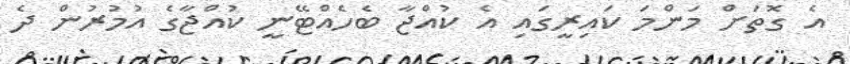
އެ ގޮތަށް މަންމަ ކައިރީގައި އެ ކުއްޖާ ބެހެއްޓޭނީ ކުއްޖާގެ އުމުރުން ދެ